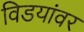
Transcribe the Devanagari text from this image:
विडयांवर